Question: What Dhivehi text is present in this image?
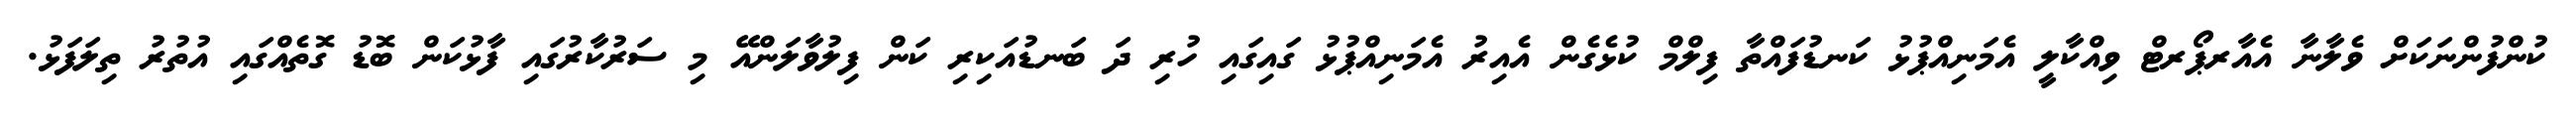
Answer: ކުންފުންނަކަށް ވެލާނާ އެއާރޕޯރޓް ވިއްކާލީ އެމަނިއްޕުޅު ކަނޑުފައްތާ ފިލްމް ކުޅެގެން އެއިރު އެމަނިއްޕުޅު ގައިގައި ހުރި ދަ ބަނޑުއަކިރި ކަން ފިލުވާލަންއޭ މި ސަރުކާރުގައި ފާޅުކަން ބޮޑު ގޮތެއްގައި އުތުރު ތިލަފަޅު.